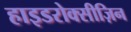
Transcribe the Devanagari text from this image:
हाइडरोक्सीज़िन